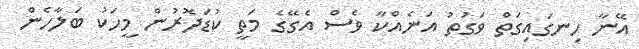
އޭނާ ހިނގައިގަތް ވަގުތު އަނެއްކާ ވެސް އެގޭގެ މަތީ ކުޑަދޮރުން މީހަކު ބަލާހެން